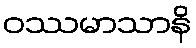
ဝဿမာသာနိ